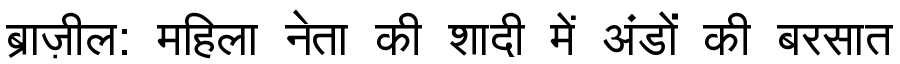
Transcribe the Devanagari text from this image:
ब्राज़ील: महिला नेता की शादी में अंडों की बरसात